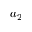
a _ { 2 }